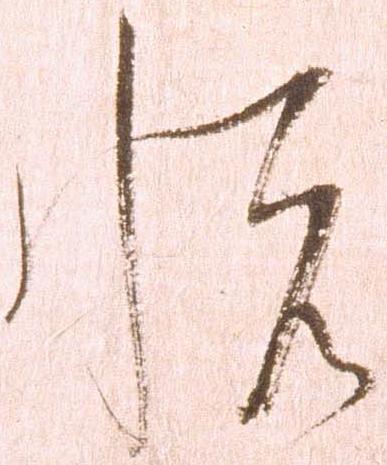
悦